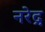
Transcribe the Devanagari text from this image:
नरेद्र